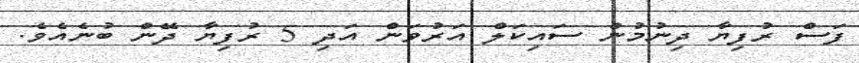
ފަސް ރުފިޔާ ދިނުމުން ސައިކަލް އަރުވަން އަދި 5 ރުފިޔާ ދޭން ބުނެއެވެ.